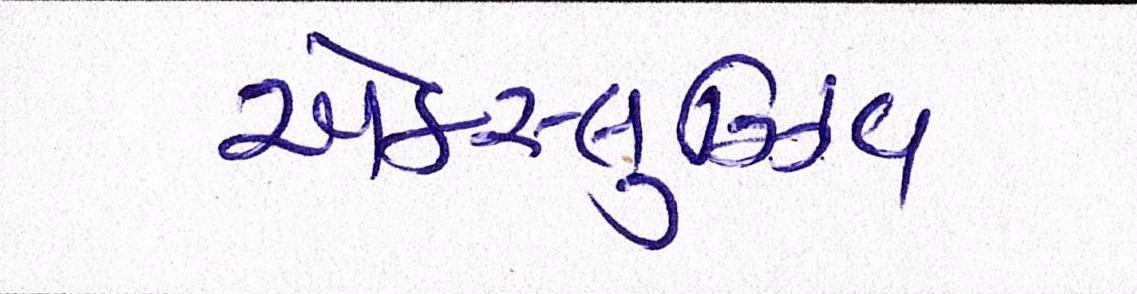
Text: એક્સ્લુઝિવ